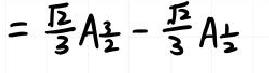
$=\frac{\sqrt{2}}{3}A_{\frac{3}{2}}-\frac{\sqrt{2}}{3}A_{\frac{1}{2}}$